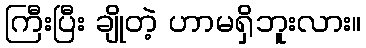
ကြီးပြီး ချိုတဲ့ ဟာမရှိဘူးလား။